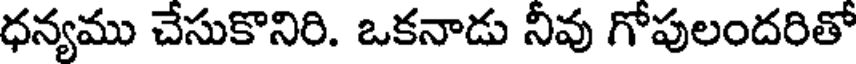
ధన్యము చేసుకొనిరి. ఒకనాడు నీవు గోపులందరితో